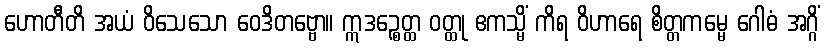
ဟောတီတိ အယံ ဝိသေသော ဝေဒိတဗ္ဗော။ ဣဒဉ္စေတ္ထ ဝတ္ထု ဧကသ္မိံ ကိရ ဝိဟာရေ စိတ္တကမ္မေ ဂေါဓံ အဂ္ဂိံ